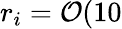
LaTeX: r_{i}=\mathcal{O}(10